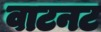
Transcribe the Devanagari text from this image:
वाटनट